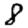
Digit: 8